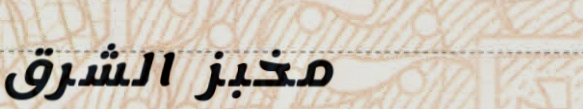
مخبز الشرق